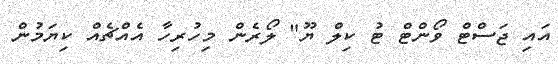
އައި ޖަސްޓް ވޯންޓް ޓު ކިލް ޔޫ" ލޯރެން މިހުރިހާ އެއްޗެއް ކިޔަމުން